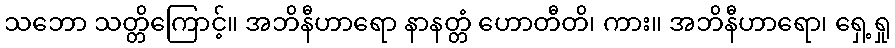
သဘော သတ္တိကြောင့်။ အဘိနီဟာရော နာနတ္တံ ဟောတီတိ၊ ကား။ အဘိနီဟာရော၊ ရှေ့ရှု